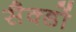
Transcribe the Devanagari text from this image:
सैक्डों